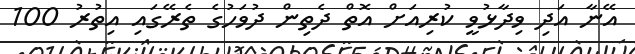
އޭނާ އަދި ވިދާޅުވީ ކުރިއަށް އޮތް ދެތިން ދުވަހުގެ ތެރޭގައި އިތުރު 100